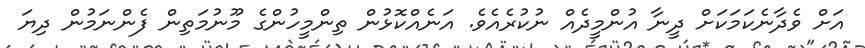
އަށް ވެދާނެކަމަކަށް ދީނާ އުންމީދެއް ނުކުރެެއެވެ. އަނެއްކޮޅުން ތިންމީހުންގެ މޫނުމަތިން ފެންނަމުން ދިޔަ